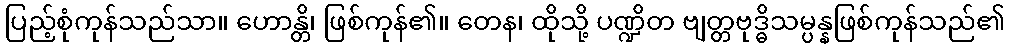
ပြည့်စုံကုန်သည်သာ။ ဟောန္တိ၊ ဖြစ်ကုန်၏။ တေန၊ ထိုသို့ ပဏ္ဍိတ ဗျတ္တဗုဒ္ဓိသမ္ပန္နဖြစ်ကုန်သည်၏